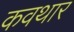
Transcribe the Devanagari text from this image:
कवथार